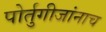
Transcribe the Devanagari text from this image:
पोर्तुगीजांनाच